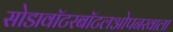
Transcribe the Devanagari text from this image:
सोडावॉटरबॉटलओपनरवाला